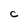
Character: C